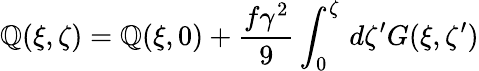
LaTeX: \mathbb{Q}(\xi,\zeta)=\mathbb{Q}(\xi,0)+\frac{{f\gamma^{2}}}{{9}}\int_{0}^{\zeta}\, d\zeta^{\prime}G(\xi,\zeta^{\prime})